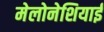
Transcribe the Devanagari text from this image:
मेलोनेशियाई